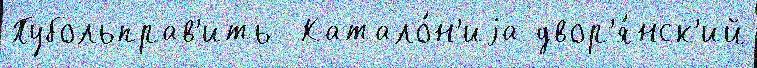
Пубольправ'ить  Катало́н'иjа двор'я́нск'ий